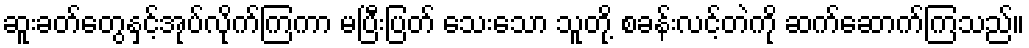
ဆူးခတ်တွေနှင့်အုပ်လိုက်ကြကာ မပြီးပြတ် သေးသော သူတို့ စခန်းလင့်တဲကို ဆက်ဆောက်ကြသည်။